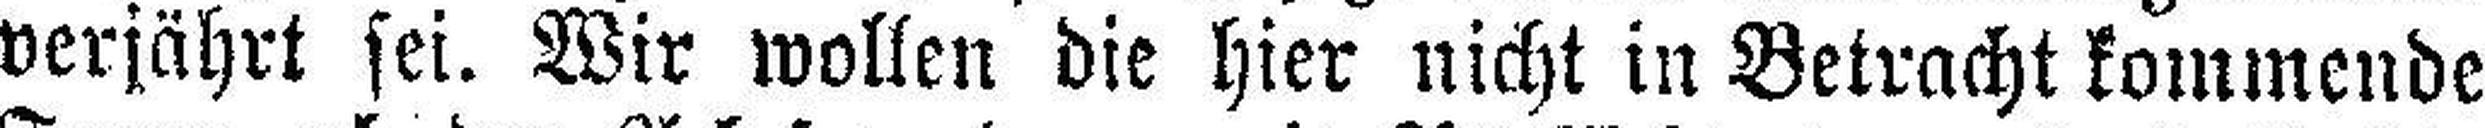
verjährt sei. Wir wollen die hier nicht in Betracht kommende